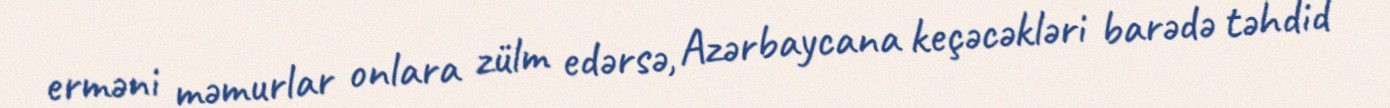
erməni məmurlar onlara zülm edərsə, Azərbaycana keçəcəkləri barədə təhdid